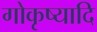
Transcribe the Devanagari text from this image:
गोकृष्यादि